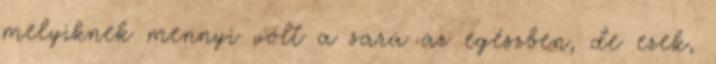
melyiknek mennyi volt a sara az egészben, de ezek,